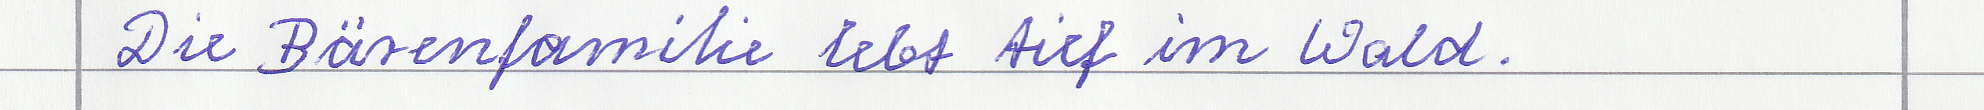
Die Bärenfamilie lebt tief im Wald.